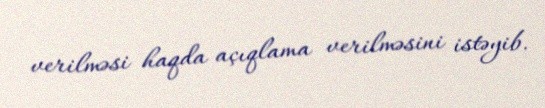
verilməsi haqda açıqlama verilməsini istəyib.